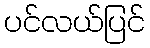
ပင်လယ်ပြင်